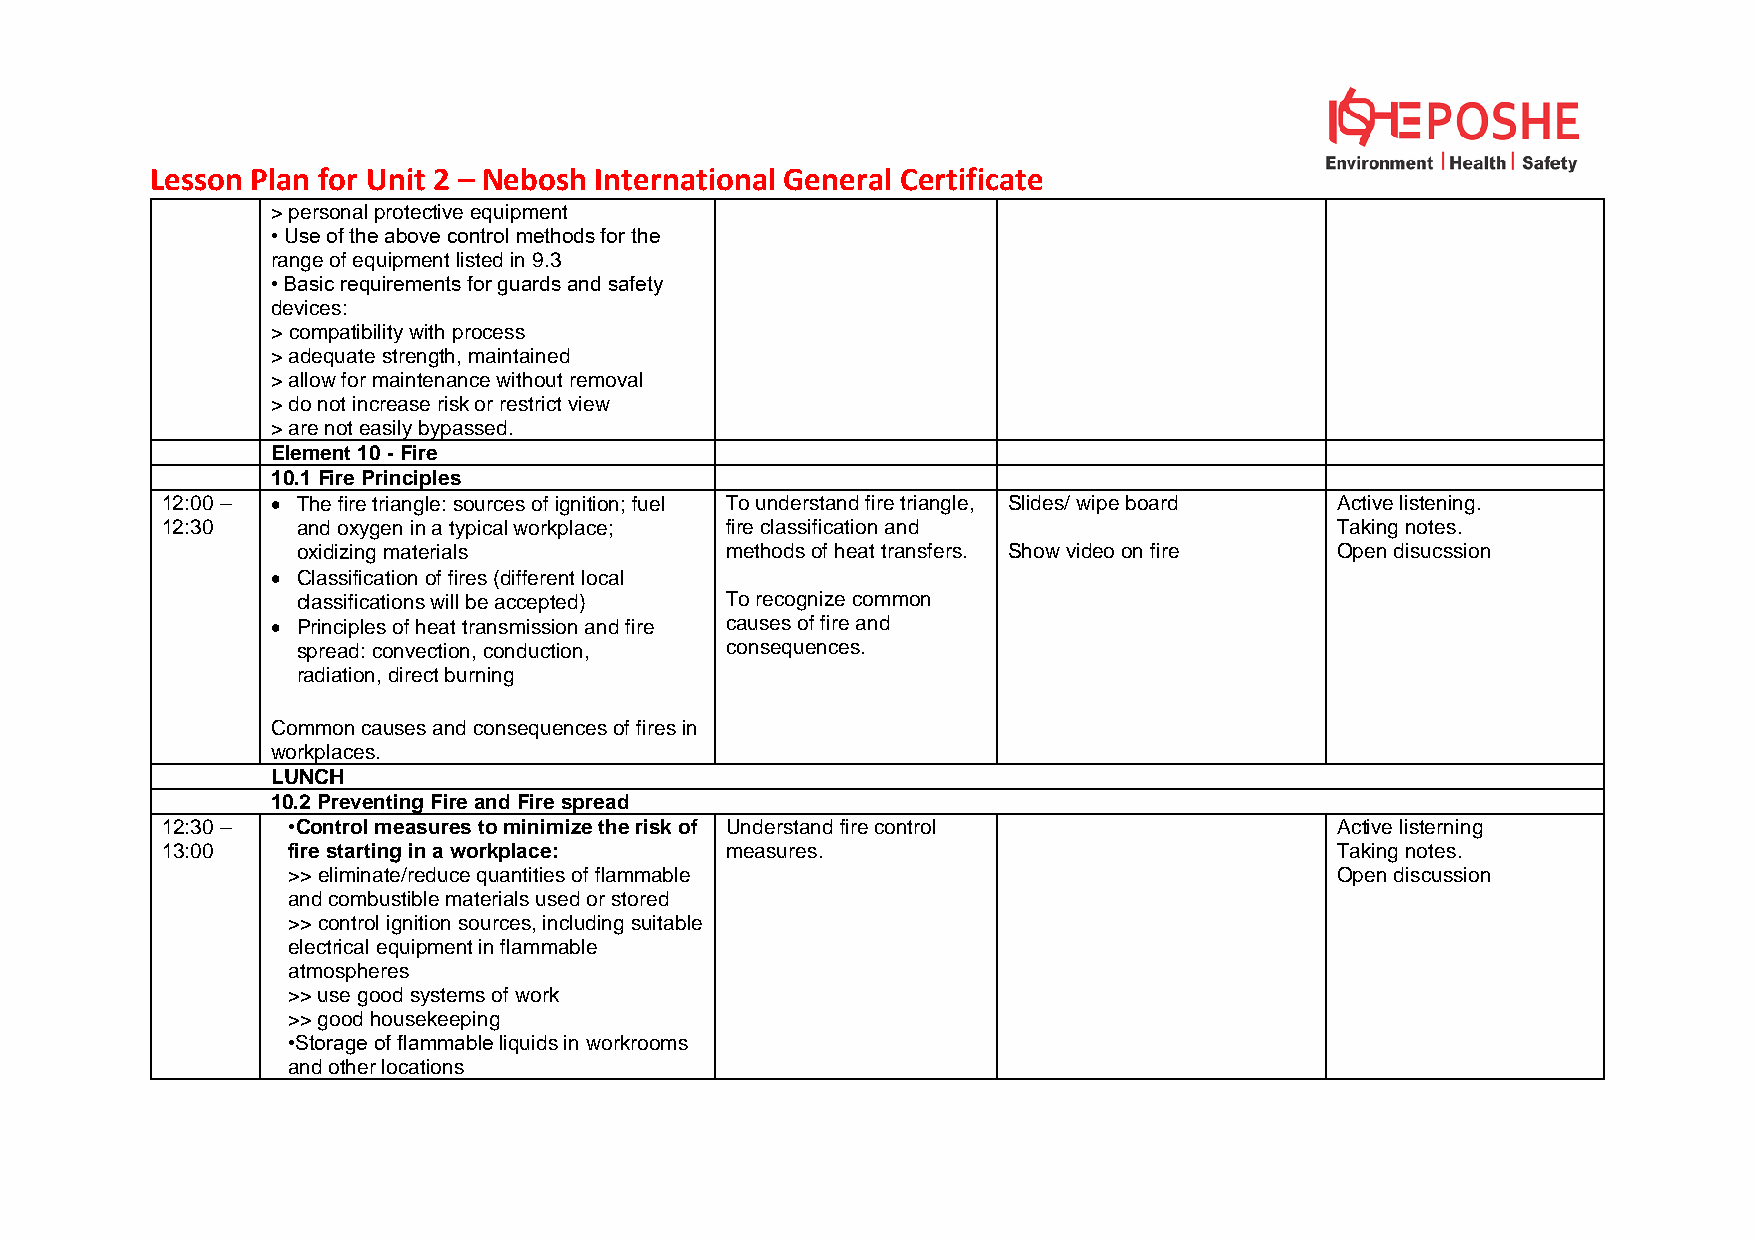
Lesson Plan for Unit 2 – Nebosh International General Certificate
 > personal protective equipment
 • Use of the above control methods for the
 range of equipment listed in 9.3
 • Basic requirements for guards and safety
 devices:
 > compatibility with process
 > adequate strength, maintained
 > allow for maintenance without removal
 > do not increase risk or restrict view
 > are not easily bypassed.
 Element 10 - Fire
 10.1 Fire Principles
 12:00 – • The fire triangle: sources of ignition; fuel To understand fire triangle, Slides/ wipe board Active listening.
 12:30    and oxygen in a typical workplace; fire classification and           Taking notes.
 oxidizing materials         methods of heat transfers. Show video on fire Open disucssion
 • Classification of fires (different local
 classifications will be accepted) To recognize common
 • Principles of heat transmission and fire causes of fire and
 spread: convection, conduction, consequences.
 radiation, direct burning
 Common causes and consequences of fires in
 workplaces.
 LUNCH
 10.2 Preventing Fire and Fire spread
 12:30 – •Control measures to minimize the risk of Understand fire control     Active listerning
 13:00   fire starting in a workplace: measures.                               Taking notes.
 >> eliminate/reduce quantities of flammable                           Open discussion
 and combustible materials used or stored
 >> control ignition sources, including suitable
 electrical equipment in flammable
 atmospheres
 >> use good systems of work
 >> good housekeeping
 •Storage of flammable liquids in workrooms
 and other locations